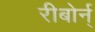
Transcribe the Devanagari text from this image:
रीबोर्न्